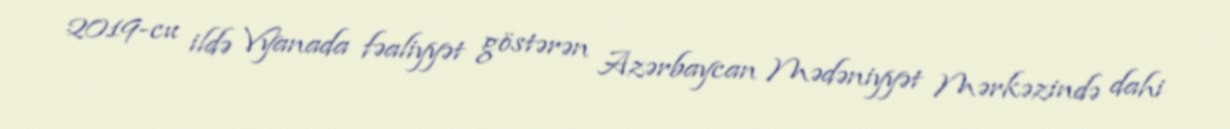
2019-cu ildə Vyanada fəaliyyət göstərən Azərbaycan Mədəniyyət Mərkəzində dahi